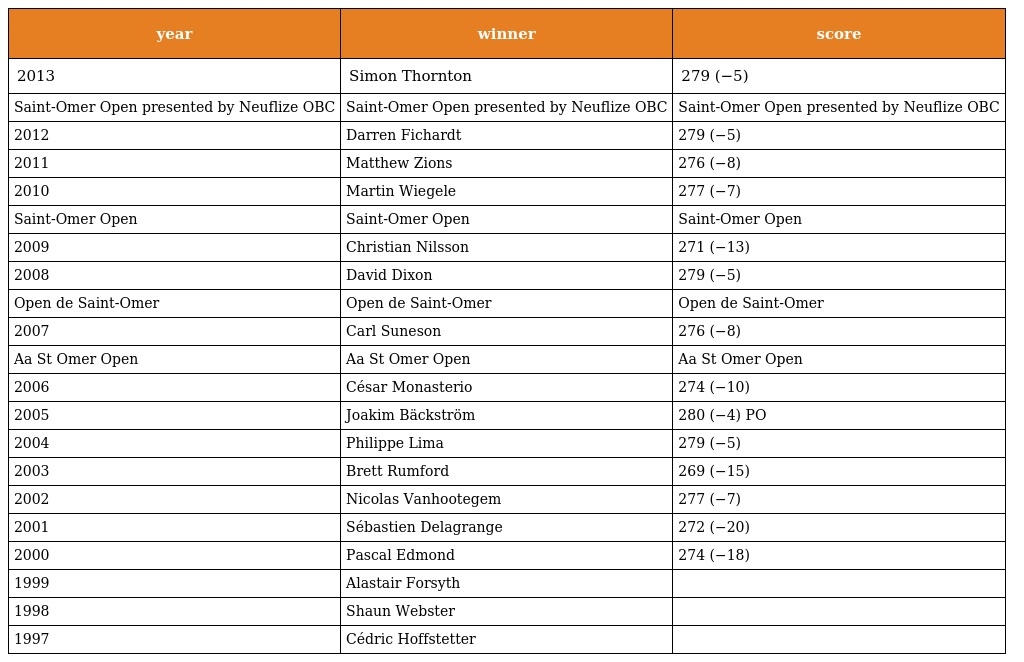
| year | winner | score |
 | --- | --- | --- |
 | 2013 | Simon Thornton | 279 (−5) |
 | Saint-Omer Open presented by Neuflize OBC | Saint-Omer Open presented by Neuflize OBC | Saint-Omer Open presented by Neuflize OBC |
 | 2012 | Darren Fichardt | 279 (−5) |
 | 2011 | Matthew Zions | 276 (−8) |
 | 2010 | Martin Wiegele | 277 (−7) |
 | Saint-Omer Open | Saint-Omer Open | Saint-Omer Open |
 | 2009 | Christian Nilsson | 271 (−13) |
 | 2008 | David Dixon | 279 (−5) |
 | Open de Saint-Omer | Open de Saint-Omer | Open de Saint-Omer |
 | 2007 | Carl Suneson | 276 (−8) |
 | Aa St Omer Open | Aa St Omer Open | Aa St Omer Open |
 | 2006 | César Monasterio | 274 (−10) |
 | 2005 | Joakim Bäckström | 280 (−4) PO |
 | 2004 | Philippe Lima | 279 (−5) |
 | 2003 | Brett Rumford | 269 (−15) |
 | 2002 | Nicolas Vanhootegem | 277 (−7) |
 | 2001 | Sébastien Delagrange | 272 (−20) |
 | 2000 | Pascal Edmond | 274 (−18) |
 | 1999 | Alastair Forsyth |  |
 | 1998 | Shaun Webster |  |
 | 1997 | Cédric Hoffstetter |  |